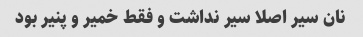
نان سیر اصلا سیر نداشت و فقط خمیر و پنیر بود